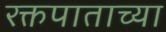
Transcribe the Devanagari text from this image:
रक्तपाताच्या